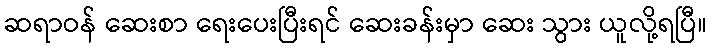
ဆရာဝန် ဆေးစာ ရေးပေးပြီးရင် ဆေးခန်းမှာ ဆေး သွား ယူလို့ရပြီ။